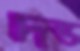
দন্ড